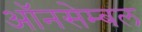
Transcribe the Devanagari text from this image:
ऑनसेम्बल